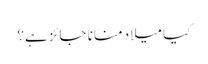
کیا میلاد منانا جائز ہے؟